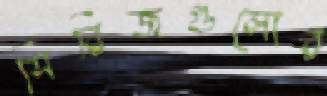
সিরিজগুলোর